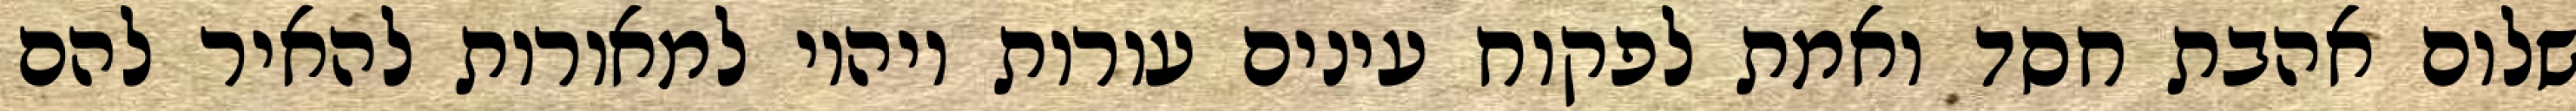
שלום אהבת חסד ואמת לפקוח עינים עורות ויהיו למאורות להאיר להם